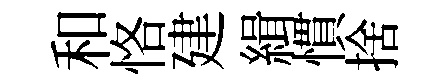
和恪建緝慣捨